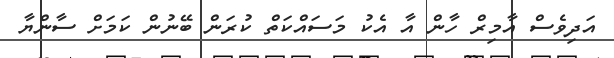
އަދިވެސް އާމިރް ހާން އާ އެކު މަސައްކަތް ކުރަން ބޭނުން ކަމަށް ސާންޔާ